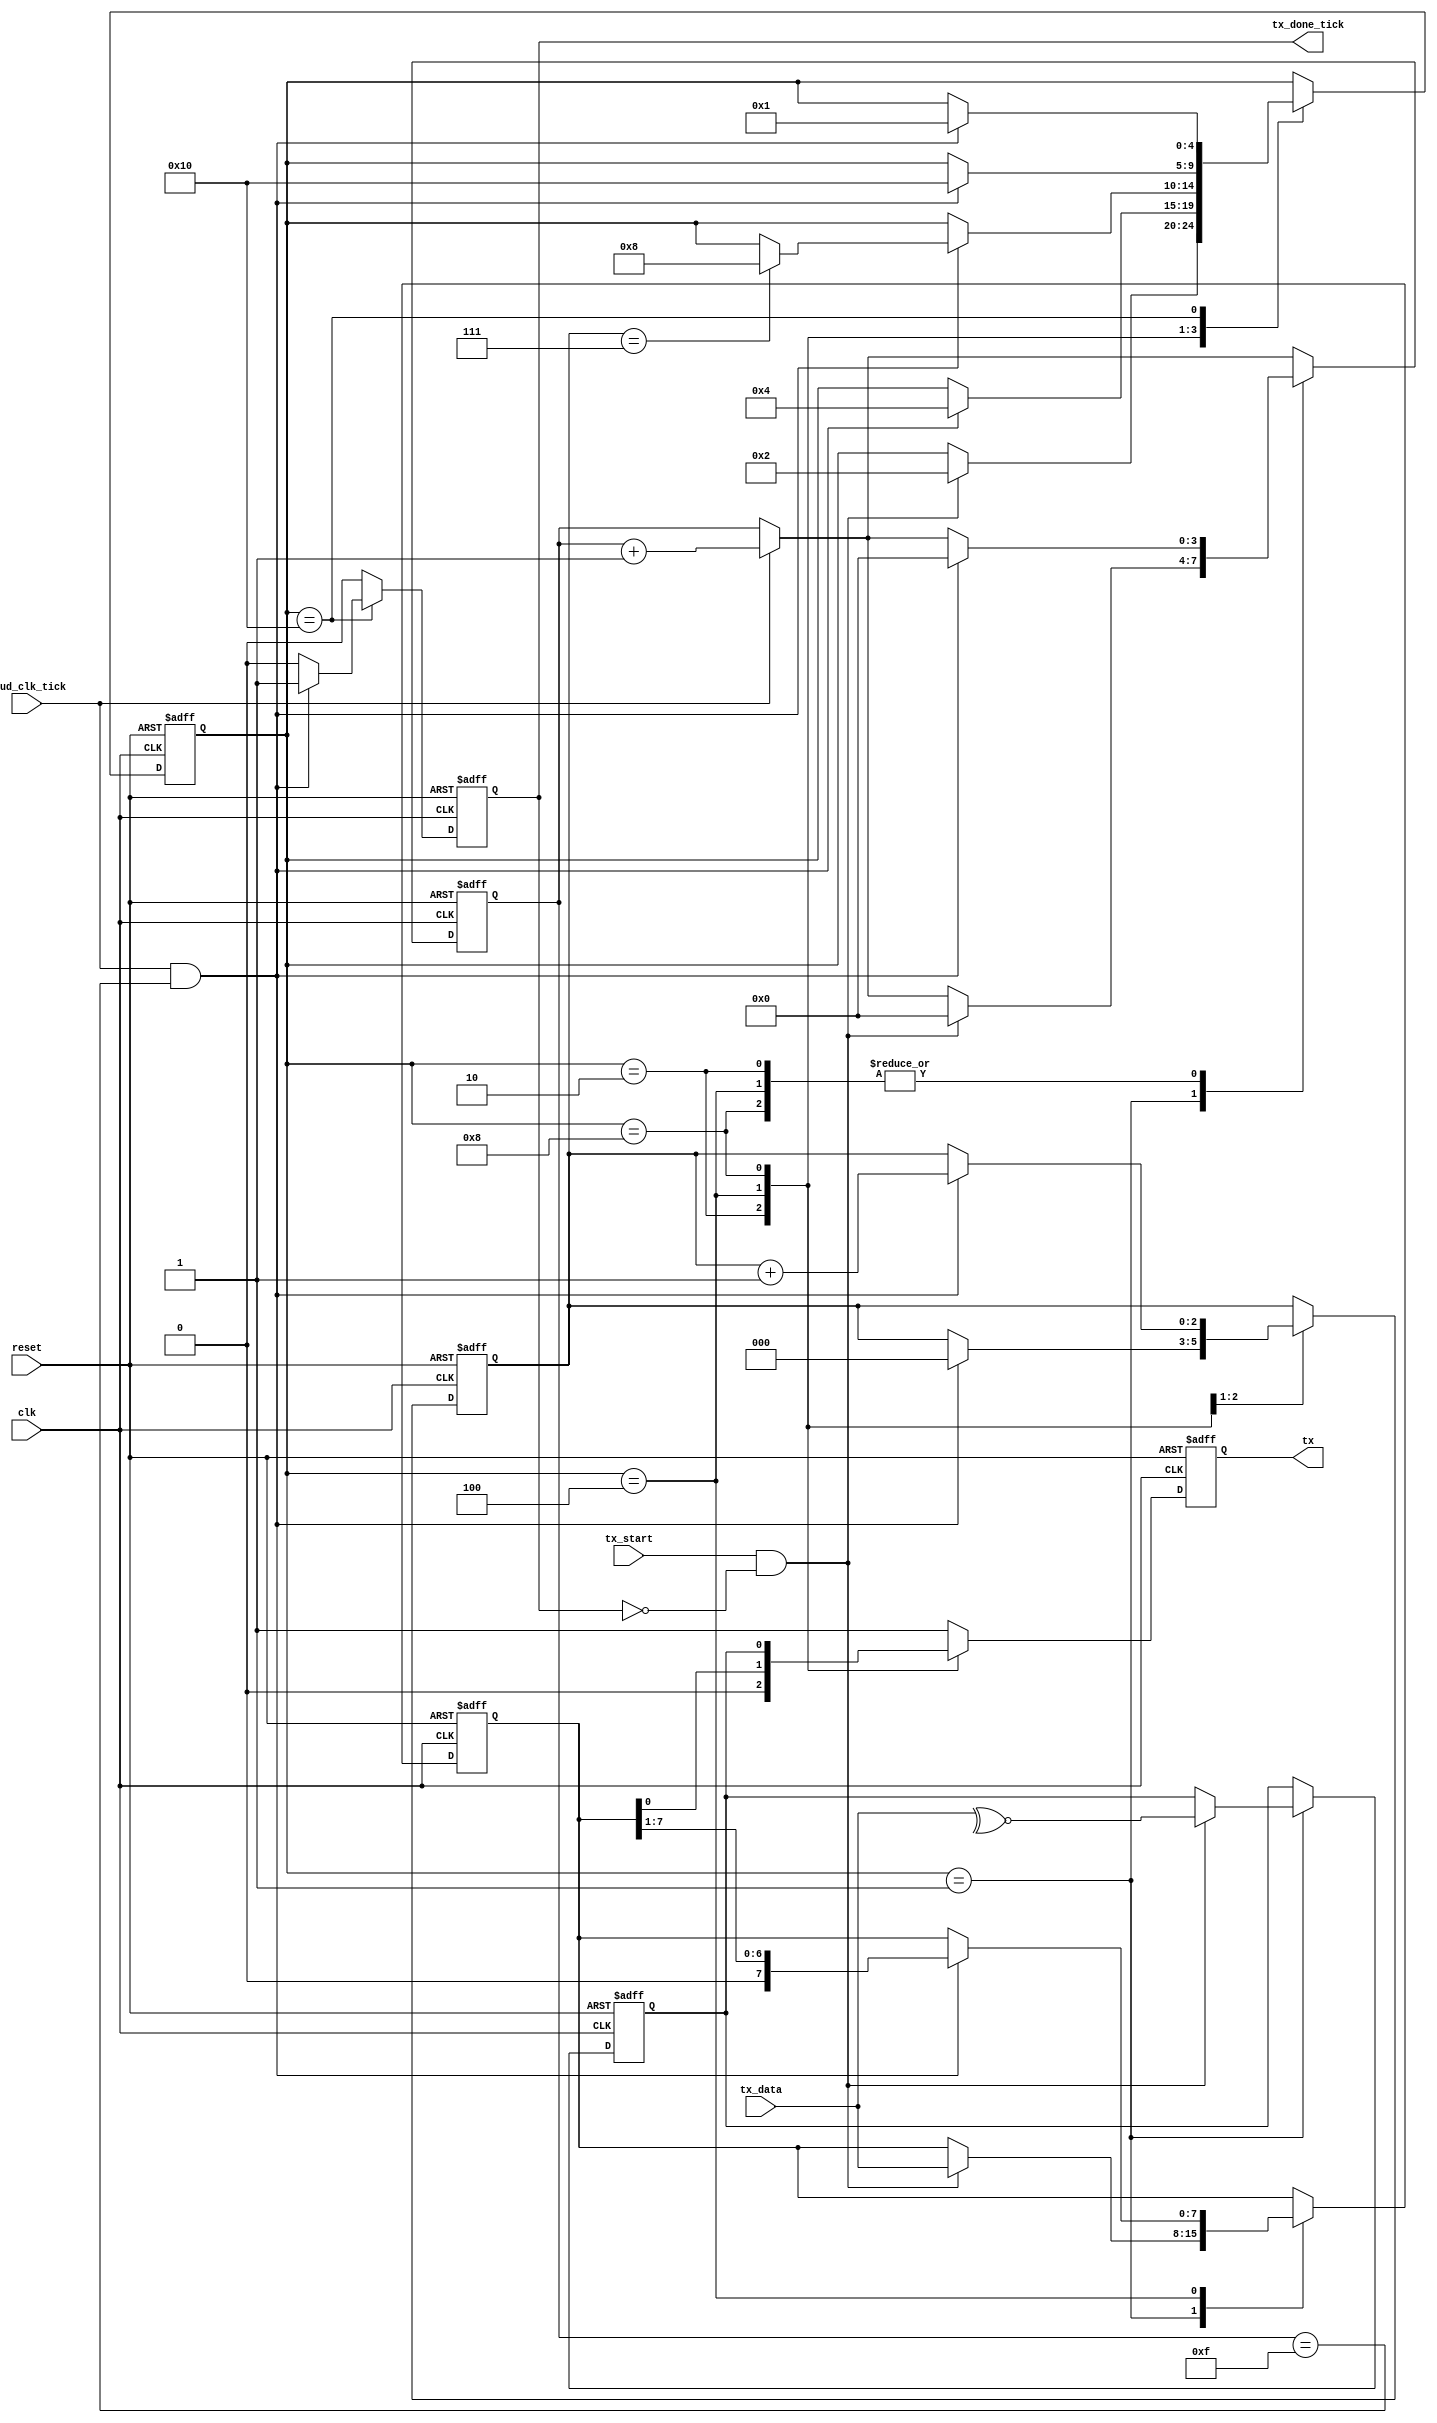
/***************************************************************************************************
** fpga_nes/hw/src/cmn/uart/uart_tx.v
*
*  Copyright (c) 2012, Brian Bennett
*  All rights reserved.
*
*  Redistribution and use in source and binary forms, with or without modification, are permitted
*  provided that the following conditions are met:
*
*  1. Redistributions of source code must retain the above copyright notice, this list of conditions
*     and the following disclaimer.
*  2. Redistributions in binary form must reproduce the above copyright notice, this list of
*     conditions and the following disclaimer in the documentation and/or other materials provided
*     with the distribution.
*
*  THIS SOFTWARE IS PROVIDED BY THE COPYRIGHT HOLDERS AND CONTRIBUTORS "AS IS" AND ANY EXPRESS OR
*  IMPLIED WARRANTIES, INCLUDING, BUT NOT LIMITED TO, THE IMPLIED WARRANTIES OF MERCHANTABILITY AND
*  FITNESS FOR A PARTICULAR PURPOSE ARE DISCLAIMED. IN NO EVENT SHALL THE COPYRIGHT OWNER OR
*  CONTRIBUTORS BE LIABLE FOR ANY DIRECT, INDIRECT, INCIDENTAL, SPECIAL, EXEMPLARY, OR CONSEQUENTIAL
*  DAMAGES (INCLUDING, BUT NOT LIMITED TO, PROCUREMENT OF SUBSTITUTE GOODS OR SERVICES; LOSS OF USE,
*  DATA, OR PROFITS; OR BUSINESS INTERRUPTION) HOWEVER CAUSED AND ON ANY THEORY OF LIABILITY,
*  WHETHER IN CONTRACT, STRICT LIABILITY, OR TORT (INCLUDING NEGLIGENCE OR OTHERWISE) ARISING IN ANY
*  WAY OUT OF THE USE OF THIS SOFTWARE, EVEN IF ADVISED OF THE POSSIBILITY OF SUCH DAMAGE.
*
*  UART transmitter.
***************************************************************************************************/

module uart_tx
#(
  parameter DATA_BITS                = 8,
  parameter STOP_BITS                = 1,
  parameter PARITY_MODE              = 1, // 0 = NONE, 1 = ODD, 2 = EVEN
  parameter BAUD_CLK_OVERSAMPLE_RATE = 16
)
(
  input  wire                 clk,            // System clock
  input  wire                 reset,          // Reset signal
  input  wire                 baud_clk_tick,  // 1 tick per OVERSAMPLE_RATE baud clks
  input  wire                 tx_start,       // Signal requesting trasmission start
  input  wire [DATA_BITS-1:0] tx_data,        // Data to be transmitted
  output wire                 tx_done_tick,   // Transfer done signal
  output wire                 tx              // TX transmission wire
);

localparam [5:0] STOP_OVERSAMPLE_TICKS = STOP_BITS * BAUD_CLK_OVERSAMPLE_RATE;

// Symbolic state representations.
localparam [4:0] S_IDLE   = 5'h01,
                 S_START  = 5'h02,
                 S_DATA   = 5'h04,
                 S_PARITY = 5'h08,
                 S_STOP   = 5'h10;

// Registers
reg [4:0]           q_state, d_state;
reg [3:0]           q_baud_clk_tick_cnt, d_baud_clk_tick_cnt;
reg [DATA_BITS-1:0] q_data, d_data;
reg [2:0]           q_data_bit_idx, d_data_bit_idx;
reg                 q_parity_bit, d_parity_bit;
reg                 q_tx, d_tx;
reg                 q_tx_done_tick, d_tx_done_tick;

always @(posedge clk, posedge reset)
  begin
    if (reset)
      begin
        q_state             <= S_IDLE;
        q_baud_clk_tick_cnt <= 0;
        q_data              <= 0;
        q_data_bit_idx      <= 0;
        q_tx                <= 1'b1;
        q_tx_done_tick      <= 1'b0;
        q_parity_bit        <= 1'b0;
      end
    else
      begin
        q_state             <= d_state;
        q_baud_clk_tick_cnt <= d_baud_clk_tick_cnt;
        q_data              <= d_data;
        q_data_bit_idx      <= d_data_bit_idx;
        q_tx                <= d_tx;
        q_tx_done_tick      <= d_tx_done_tick;
        q_parity_bit        <= d_parity_bit;
      end
  end

always @*
  begin
    // Default most state to remain unchanged.
    d_state             = q_state;
    d_data              = q_data;
    d_data_bit_idx      = q_data_bit_idx;
    d_parity_bit        = q_parity_bit;

    // Increment the tick counter if the baud clk counter ticked.
    d_baud_clk_tick_cnt = (baud_clk_tick) ? (q_baud_clk_tick_cnt + 4'h1) : q_baud_clk_tick_cnt;

    d_tx_done_tick = 1'b0;
    d_tx           = 1'b1;

    case (q_state)
      S_IDLE:
        begin
          // Detect tx_start signal from client, latch data, and begin transmission.  Don't latch
          // during done_tick.
          if (tx_start && ~q_tx_done_tick)
            begin
              d_state             = S_START;
              d_baud_clk_tick_cnt = 0;
              d_data              = tx_data;

              if (PARITY_MODE == 1)
                d_parity_bit = ~^tx_data;
              else if (PARITY_MODE == 2)
                d_parity_bit = ~tx_data;
            end
        end

      S_START:
        begin
          // Send low signal to indicate start bit.  When done, move to data transmission.
          d_tx = 1'b0;
          if (baud_clk_tick && (q_baud_clk_tick_cnt == (BAUD_CLK_OVERSAMPLE_RATE - 1)))
            begin
              d_state             = S_DATA;
              d_baud_clk_tick_cnt = 0;
              d_data_bit_idx      = 0;
            end
        end

      S_DATA:
        begin
          // Transmit current low data bit.  After OVERSAMPLE_RATE ticks, shift the data reg
          // and move on to the next bit.  After DATA_BITS bits, move to stop bit state.
          d_tx = q_data[0];
          if (baud_clk_tick && (q_baud_clk_tick_cnt == (BAUD_CLK_OVERSAMPLE_RATE - 1)))
            begin
              d_data              = q_data >> 1;
              d_data_bit_idx      = q_data_bit_idx + 3'h1;
              d_baud_clk_tick_cnt = 0;

              if (q_data_bit_idx == (DATA_BITS - 1))
                begin
                  if (PARITY_MODE == 0)
                    d_state = S_STOP;
                  else
                    d_state = S_PARITY;
                end
            end
        end

      S_PARITY:
        begin
          // Send parity bit.
          d_tx = q_parity_bit;
          if (baud_clk_tick && (q_baud_clk_tick_cnt == (BAUD_CLK_OVERSAMPLE_RATE - 1)))
            begin
              d_state             = S_STOP;
              d_baud_clk_tick_cnt = 0;
            end
        end

      S_STOP:
        begin
          // Issue stop bit.
          if (baud_clk_tick && (q_baud_clk_tick_cnt == (STOP_OVERSAMPLE_TICKS - 1)))
            begin
              d_state        = S_IDLE;
              d_tx_done_tick = 1'b1;
            end
        end
    endcase
end

assign tx           = q_tx;
assign tx_done_tick = q_tx_done_tick;

endmodule